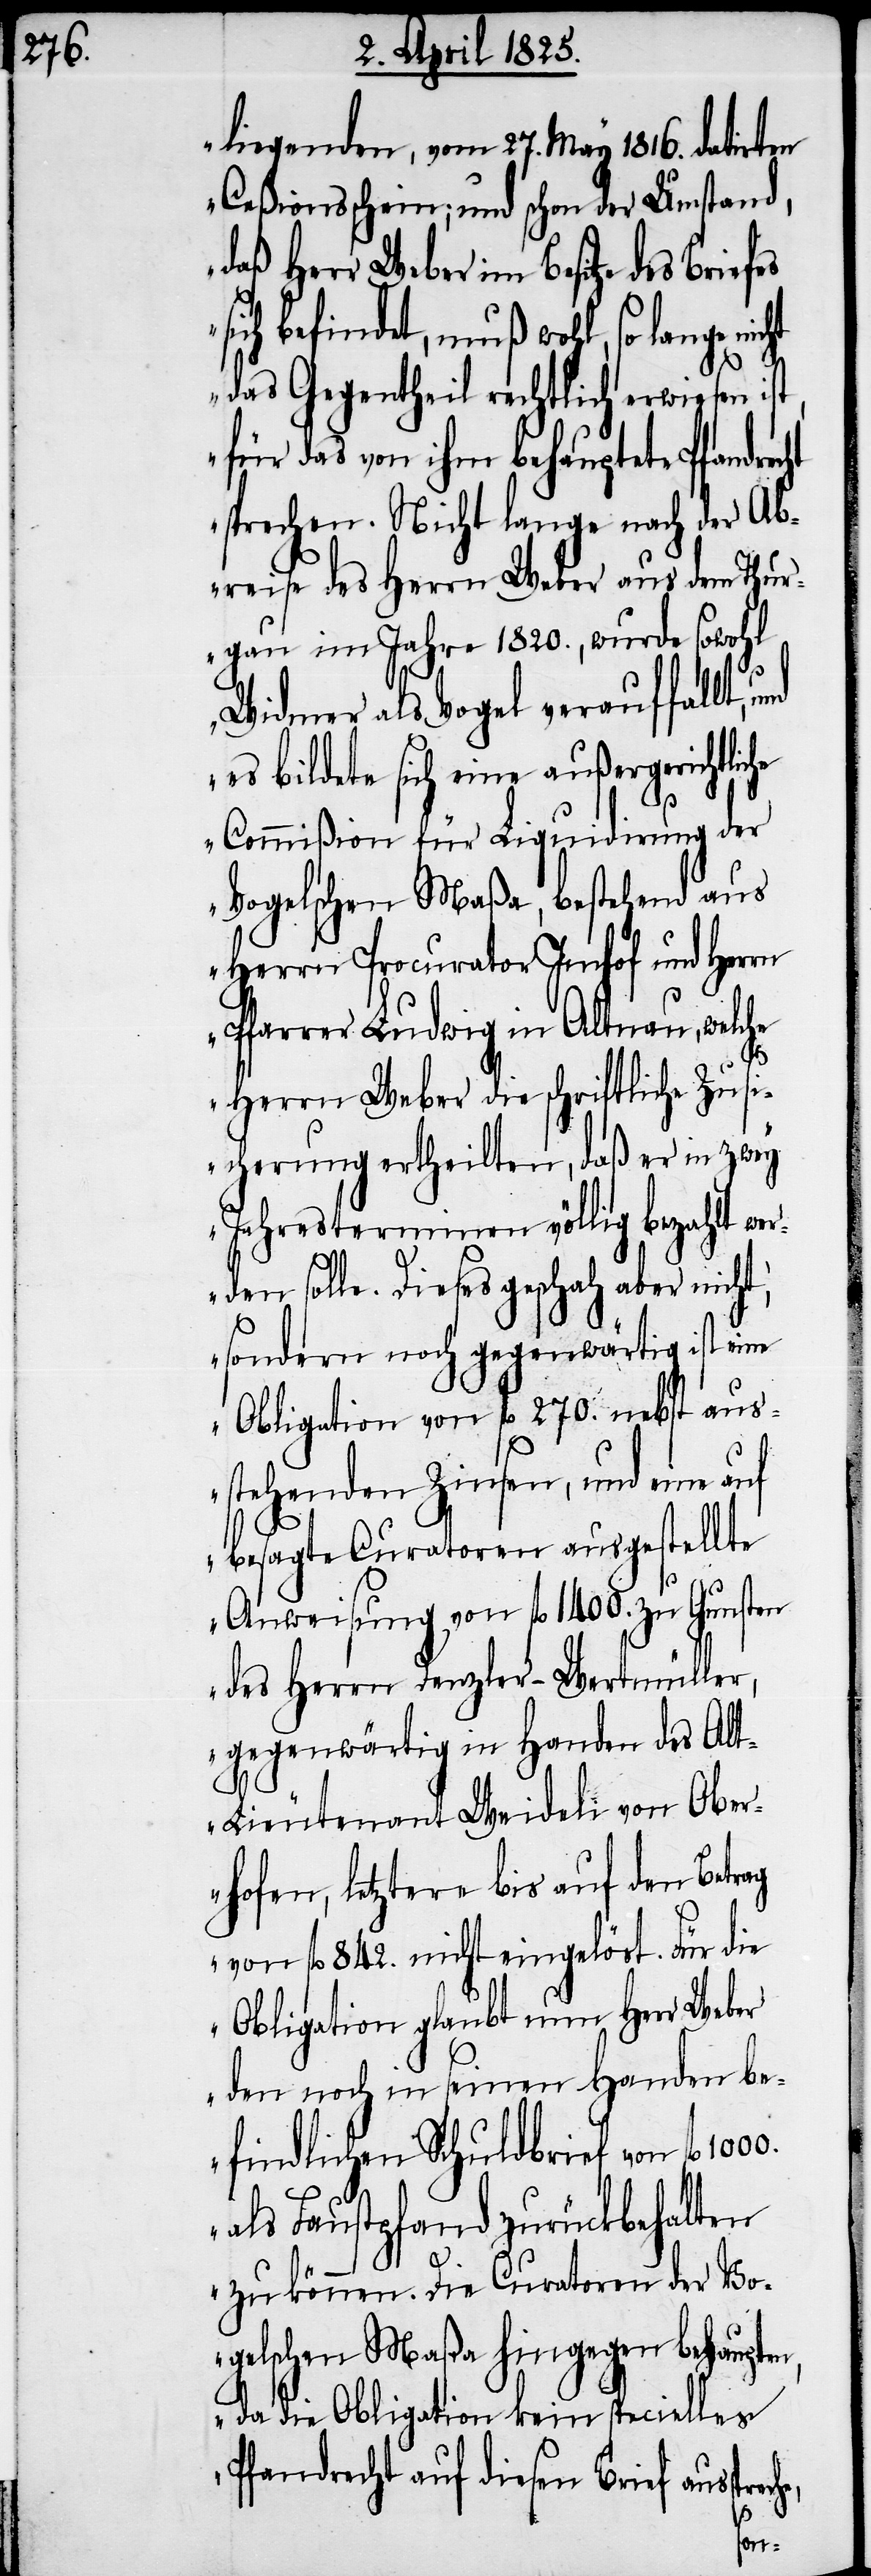
liegenden, vom 27. May 1816. datirten
Ceßionsschein; und schon der Umstand,
daß Herr Weber im Besitze des
sich befindet, muß wohl, so lange
das Gegentheil rechtlich erwiesen is¬
für das von ihm behauptete Pfandrecht
sprechen. Nicht lange nach der Ab¬
reise des Herrn Weber aus dem Thur¬
gau im Jahre 1820., wurde sowohl
Widmer als Vogel verauffallt,
es bildete sich eine außergerichtli¬
Commißion für Liquidirung der
Vogelschen Maßa, bestehend aus
Herrn Procurator Imhof und Herrn
Pfarrer Ludwig in Altnau, welche
che
Herrn Weber die schriftliche Zusi¬
cherung ertheilten, daß er in zwey
Jahresterminen völlig bezahlt wer¬
den solle. Dieses geschah aber nicht,
sondern noch gegenwärtig ist eine
Obligation von fl 270. nebst aus¬
stehenden Zinsen, und eine auf
besagte Curatoren ausgestellte
Anweisung von fl 1400. zu Gunsten
des Herrn Denzler-Wertmüller,
gegenwärtig in Handen des Al¬
t-Lieutenant Weideli von Ober¬
hofen, letztere bis auf den Betrag
von fl 842. nicht eingelöst. Für die
Obligation glaubt nun Herr Weber
den noch in seinen Handen be¬
findlichen Schuldbrief von fl
als Faustpfand zurückbehalten
zu können. Die Curatoren der Vo¬
gelschen Maßa hingegen behaupt¬
da die Obligation kein specielles
Pfandrecht auf diesen Brief aus¬
prech¬
s¬
e,